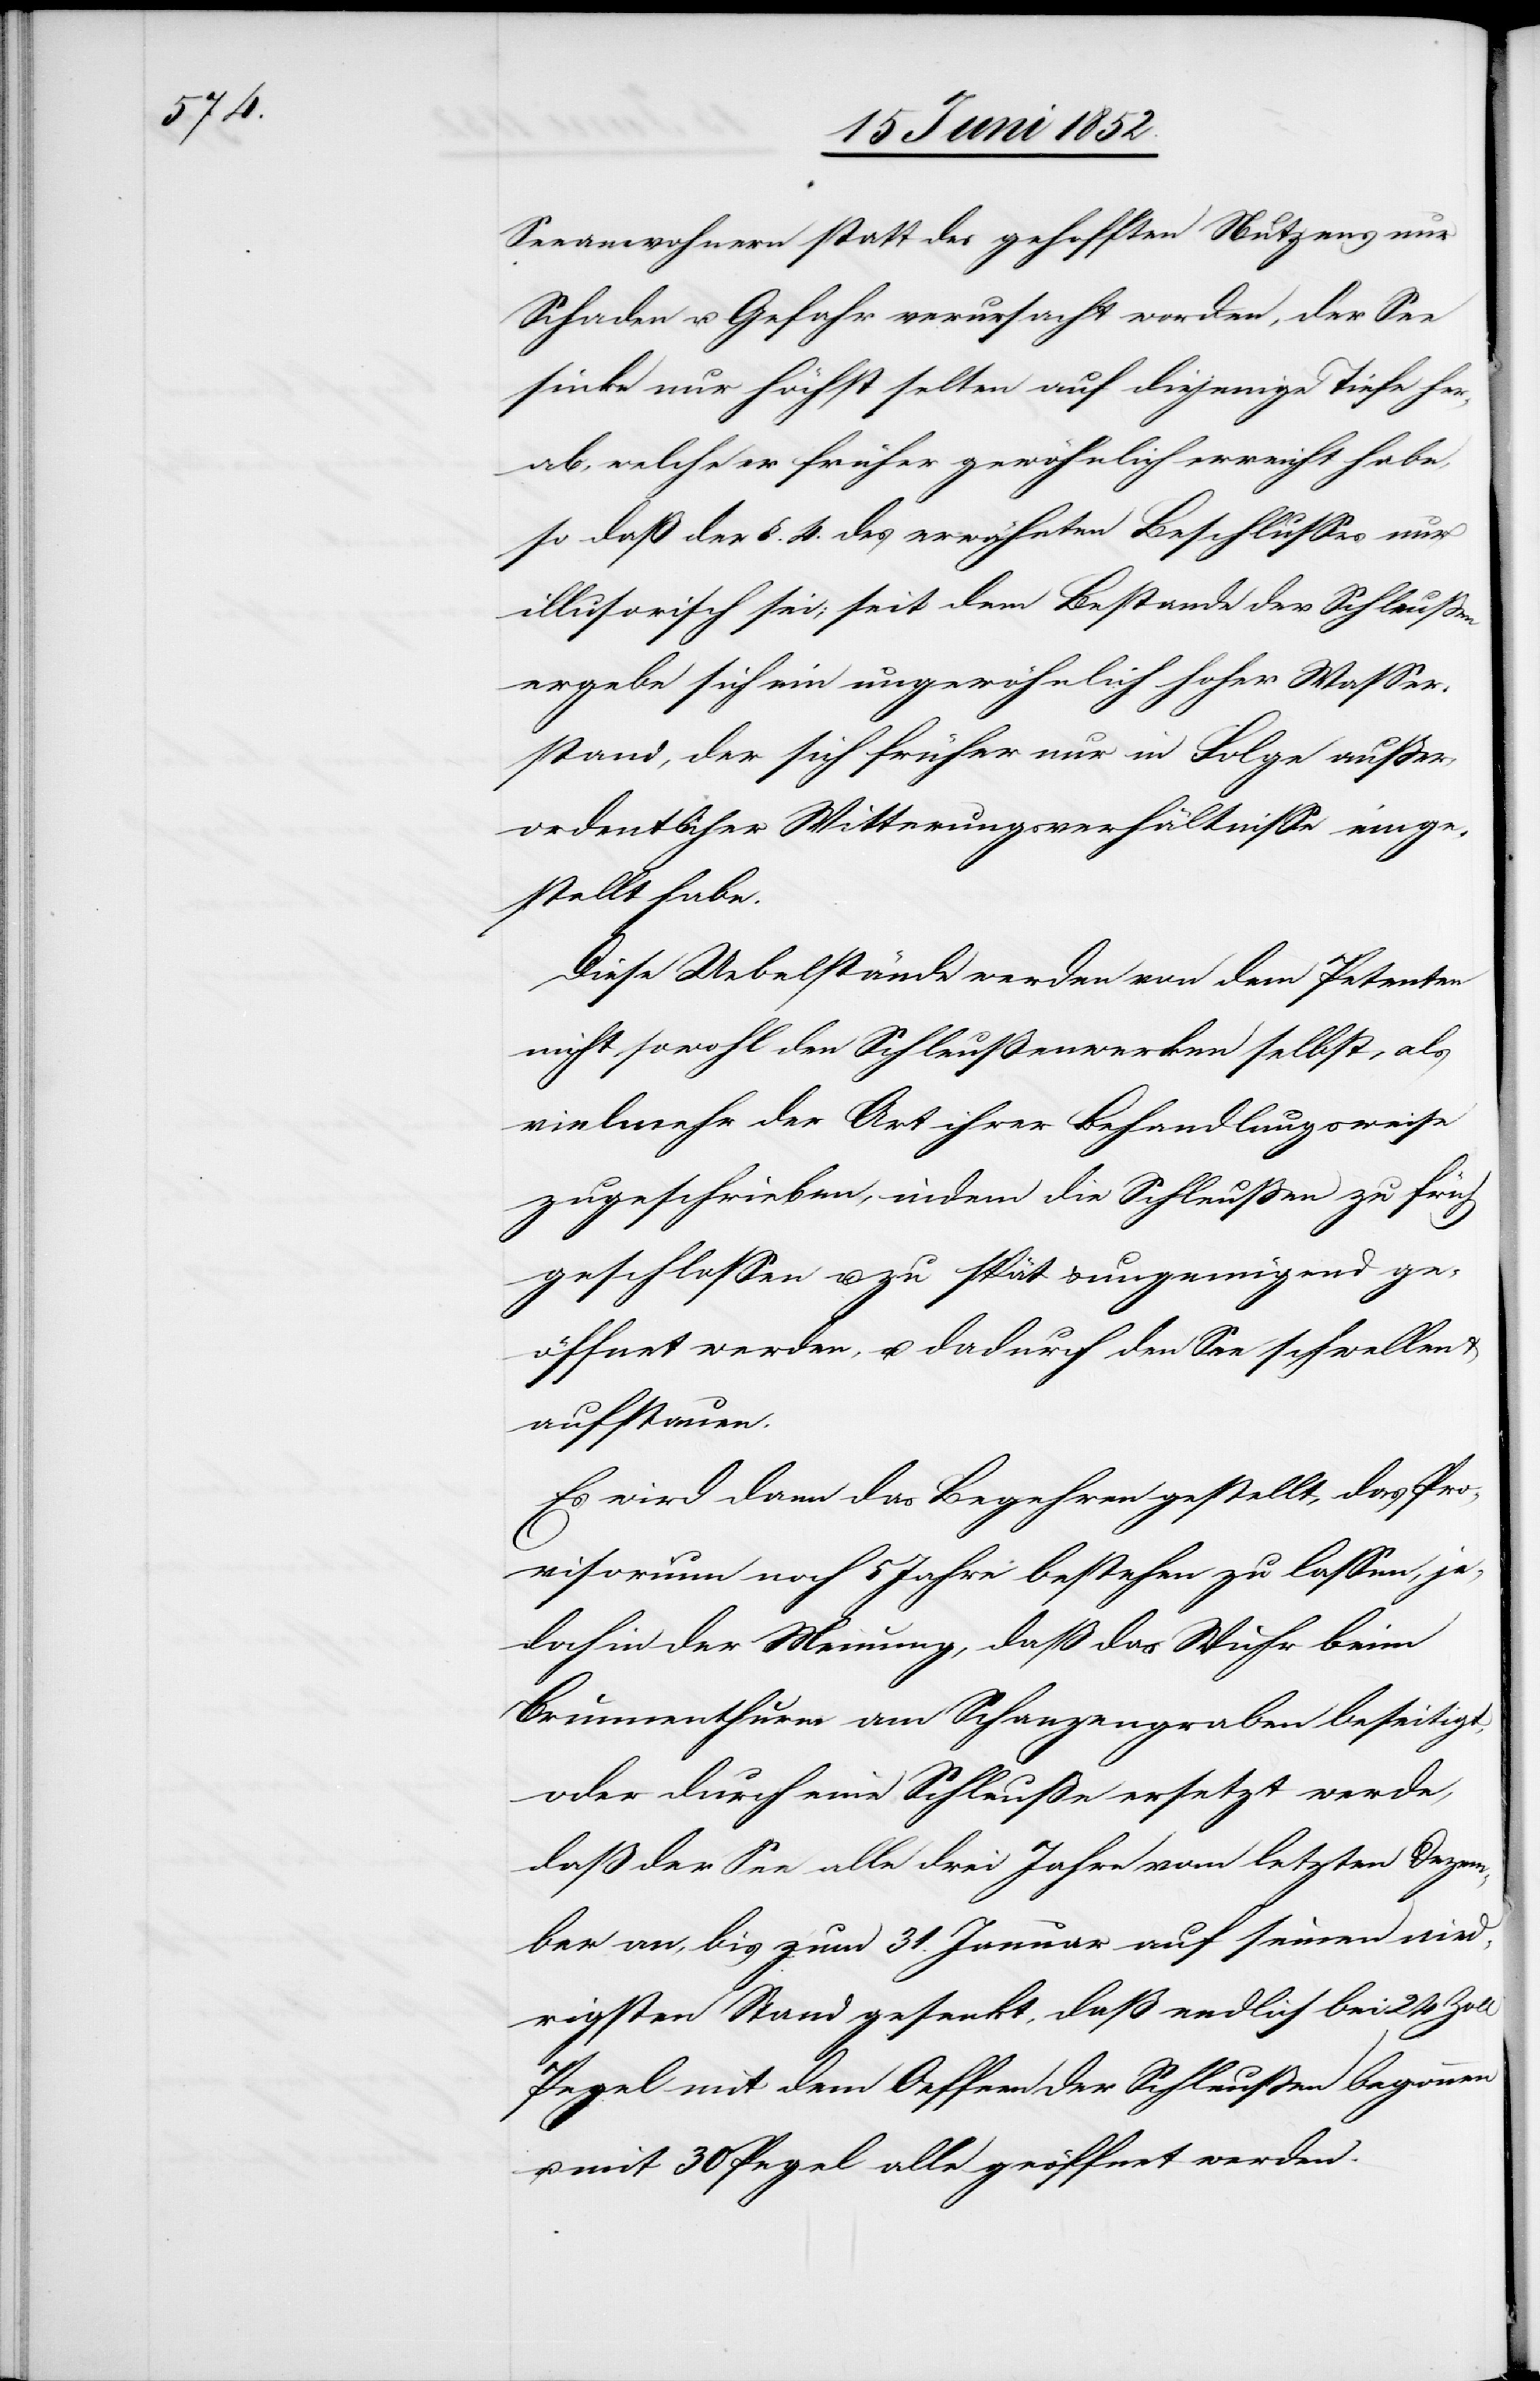
Seeanwohnern statt des gehofften Nutzens nur
Schaden u. Gefahr verursacht worden, der See
sinke nur höchst selten auf diejenige Tiefe her¬
ab, welche er früher gewöhnlich erreicht habe,
so daß der §. 4. des erwähnten Beschlusses nur
illusorisch sei; seit dem Bestande der Schleussen
ergebe sich ein ungewöhnlich hoher Wasser¬
stand, der sich früher nur in Folge ausser¬
ordentlicher Witterungsverhältnisse einge¬
stellt habe.
Diese Uebelstände werden von dem [recte:
nicht sowohl den Schleußenwerken selbst, als
vielmehr der Art ihrer Behandlungsweise
zugeschrieben, indem die Schleussen zu früh
geschlossen u. zu spät & ungenügend ge¬
öffnet werden, u. dadurch den See schwellen
aufstauen.
Es wird dann das Begehren gestellt, das Pro¬
visorium noch 5 Jahre bestehen zu lassen, je¬
doch in der Meinung, daß das Wuhr beim
Brunnenthurm am Schanzengraben beseitigt,
oder durch eine Schleuße ersetzt werde,
daß der See alle drei Jahre vom letzten Dezem¬
ber an, bis zum 31. Januar auf seinen nied¬
rigsten Stand gesenkt, daß endlich bei 24 Zoll
Pegel mit dem Oeffnen der Schleussen begonnen
mit 30 Pegel alle geöffnet werden.